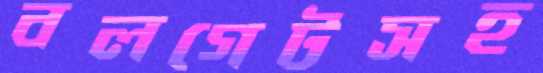
বলগেটসহ